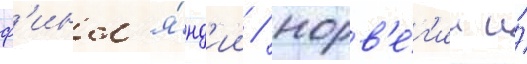
ф'инл'я́нд'ии / норв'е́г'ии и́